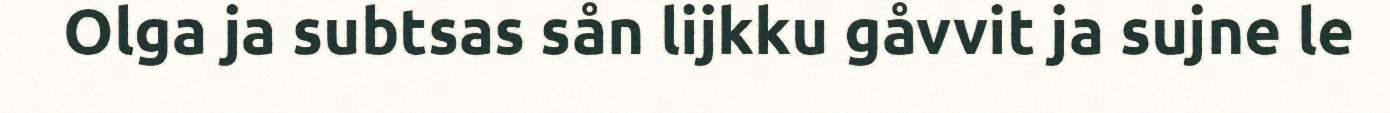
Olga ja subtsas sån lijkku gåvvit ja sujne le